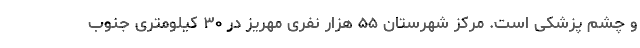
و چشم پزشکی است. مرکز شهرستان ۵۵ هزار نفری مهریز در ۳۰ کیلومتری جنوب